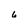
Character: 6